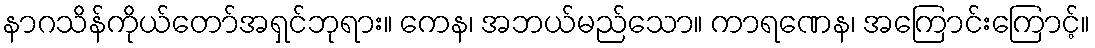
နာဂသိန်ကိုယ်တော်အရှင်ဘုရား။ ကေန၊ အဘယ်မည်သော။ ကာရဏေန၊ အကြောင်းကြောင့်။